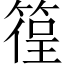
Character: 𥰈